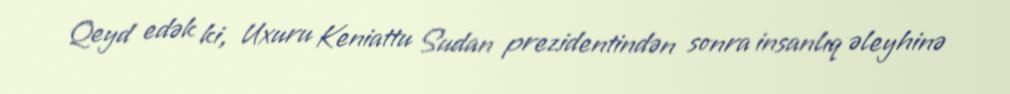
Qeyd edək ki, Uxuru Keniattu Sudan prezidentindən sonra insanlıq əleyhinə